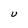
Character: U